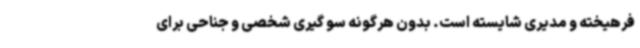
فرهیخته و مدیری شایسته است. بدون هرگونه سو گیری شخصی و جناحی برای